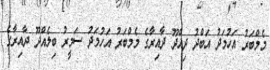
މެމްބަރު އަހުމަދު އަބްދު ދިއްދޫ ދާއިރާގެ މެމްބަރު އަހުމަދު ސަމީރު ބިލެއްދޫ ދާއިރާގެ